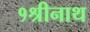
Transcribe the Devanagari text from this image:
१श्रीनाथ